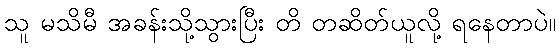
သူ မသိမီ အခန်းသို့သွားပြီး တိ တဆိတ်ယူလို့ ရနေတာပဲ။